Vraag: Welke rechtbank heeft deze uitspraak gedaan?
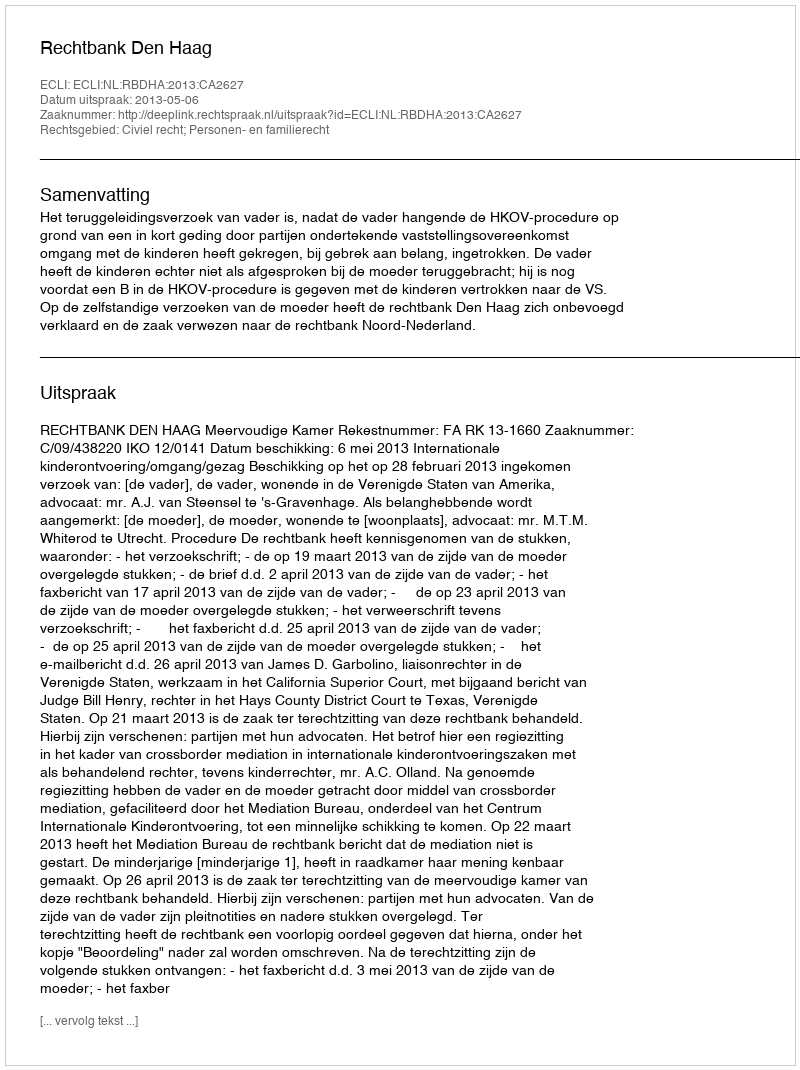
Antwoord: Rechtbank Den Haag